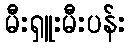
မီးရှူးမီးပန်း